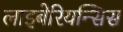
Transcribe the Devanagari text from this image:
लाइबेरियन्सिस